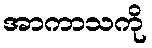
အာကာသကို